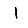
Digit: 1